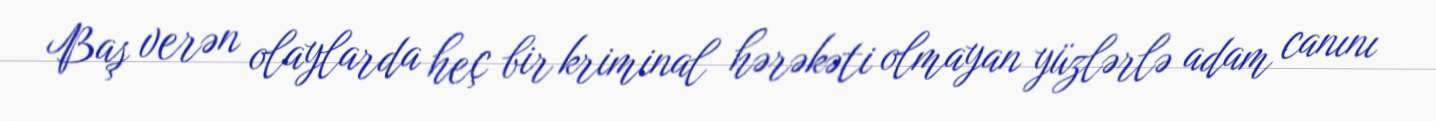
Baş verən olaylarda heç bir kriminal hərəkəti olmayan yüzlərlə adam canını